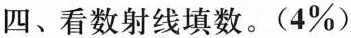
四、看数射线填数。(4\%)